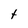
Character: t